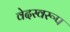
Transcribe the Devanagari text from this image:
वेदस्वरूप